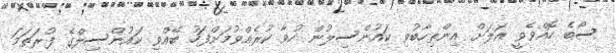
ސޯބެ ހޮއްވެވީ އަލަށް އިންތިހާބުވި ކައުންސިލުން ހުވާ ކުރެއްވުުމަށްފަހު ބޭއްވި ކައުންސިލްގެ ފުރަތަމަ